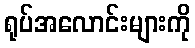
ရုပ်အလောင်းများကို